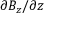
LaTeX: \partial B _ { z } / \partial z